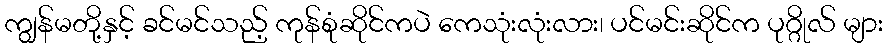
ကျွန်မတို့နှင့် ခင်မင်သည့် ကုန်စုံဆိုင်ကပဲ ကေသုံးလုံးလား၊ ပင်မင်းဆိုင်က ပုဂ္ဂိုလ် များ